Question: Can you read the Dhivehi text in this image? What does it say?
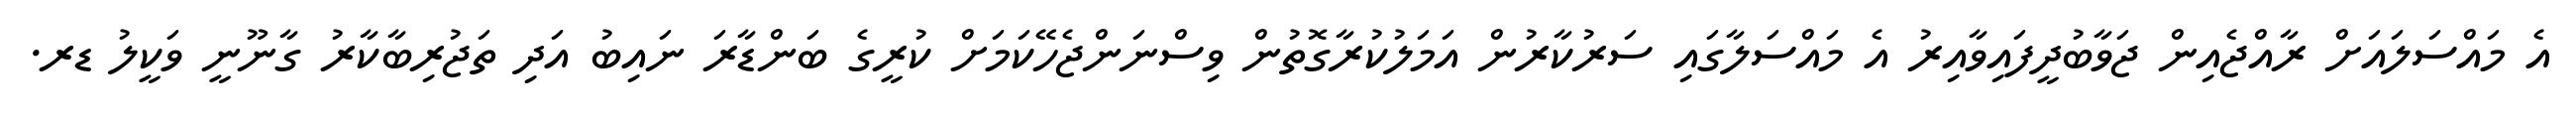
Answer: އެ މައްސަލައަށް ރާއްޖެއިން ޖަވާބުދީފައިވާއިރު އެ މައްސަލާގައި ސަރުކާރުން އަމަލުކުރާގޮތުން ވިސްނަންޖެހޭކަމަށް ކުރީގެ ބަންޑާރަ ނައިބު އަދި ތަޖުރިބާކާރު ގާނޫނީ ވަކީލު ޑރ.